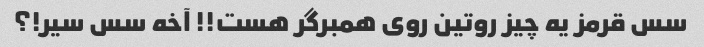
سس قرمز یه چیز روتین روی همبرگر هست!! آخه سس سیر!؟